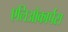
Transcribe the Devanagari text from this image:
एलिओकार्पस